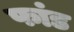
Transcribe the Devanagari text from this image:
फांड